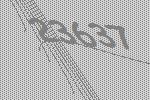
23637